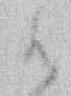
は